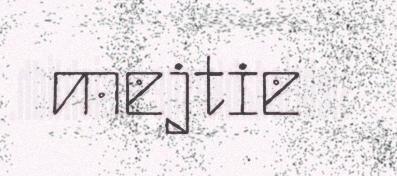
mejtie